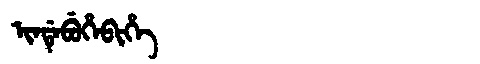
Manchu: ᡳᠨᡩᡝᠪᡠᡥᡝᠪᡳᡥᡝ
Romanization: INDEBUHEBIHE